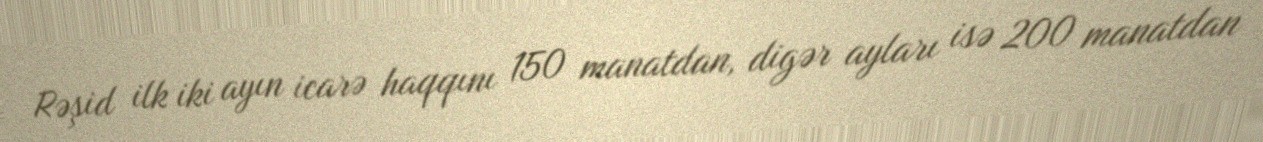
Rəşid ilk iki ayın icarə haqqını 150 manatdan, digər ayları isə 200 manatdan